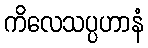
ကိလေသပ္ပဟာနံ